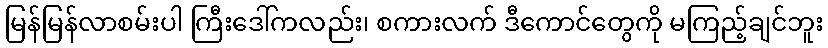
မြန်မြန်လာစမ်းပါ ကြီးဒေါ်ကလည်း၊ စကားလက် ဒီကောင်တွေကို မကြည့်ချင်ဘူး